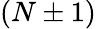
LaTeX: (N\pm 1)